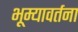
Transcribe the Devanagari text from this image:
भूम्यावर्तना